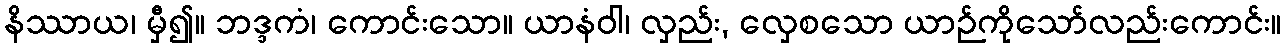
နိဿာယ၊ မှီ၍။ ဘဒ္ဒကံ၊ ကောင်းသော။ ယာနံဝါ၊ လှည်း, လှေစသော ယာဉ်ကိုသော်လည်းကောင်း။